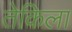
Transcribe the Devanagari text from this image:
तेकिला